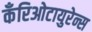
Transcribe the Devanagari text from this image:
कँरिओटायुरेन्स